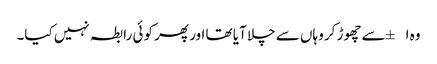
وہ ا±سے چھوڑ کر وہاں سے چلا آیا تھا اور پھر کوئی رابطہ نہیں کیا۔